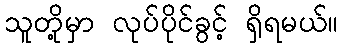
သူတို့မှာ လုပ်ပိုင်ခွင့် ရှိရမယ်။